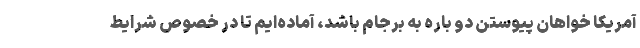
آمریکا خواهان پیوستن دو باره به برجام باشد، آماده‌ایم تا در خصوص شرایط